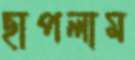
ছাপলাম